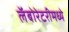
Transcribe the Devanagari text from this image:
लॅबोरेटरीमध्ये